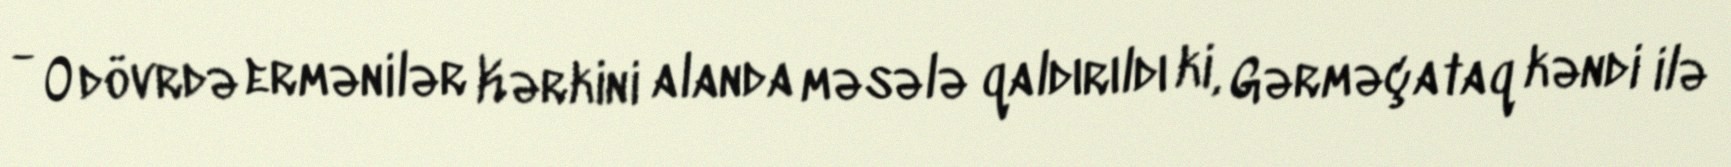
- O dövrdə ermənilər Kərkini alanda məsələ qaldırıldı ki, Gərməçataq kəndi ilə